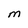
Character: m